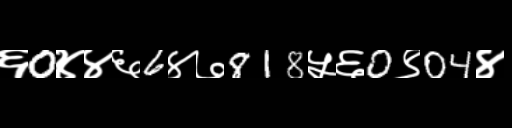
Text: ६0४४६6४७818५६0९04४